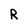
Character: R